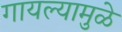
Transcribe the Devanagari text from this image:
गायल्यामुळे